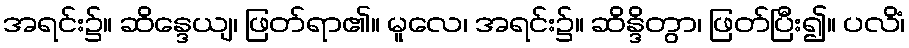
အရင်း၌။ ဆိန္ဒေယျ၊ ဖြတ်ရာ၏။ မူလေ၊ အရင်း၌။ ဆိန္ဒိတွာ၊ ဖြတ်ပြီး၍။ ပလိံ၊